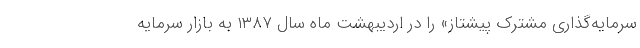
سرمایه‌گذاری مشترک پیشتاز» را در اردیبهشت ماه سال ۱۳۸۷ به بازار سرمایه